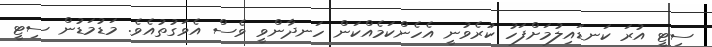
ސިޓީ އުރަ ކަނޑައިލުމަށްފަހު ކުރެވުނީ އެހެންކަމެއްކަން ހަނދާންވީ ވެސް އެވަގުތުއެވެ. މަޑުމަޑުން ސިޓީ